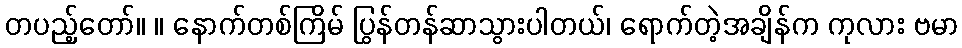
တပည့်တော်။ ။ နောက်တစ်ကြိမ် ပြွန်တန်ဆာသွားပါတယ်၊ ရောက်တဲ့အချိန်က ကုလား ဗမာ